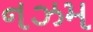
નઝમ